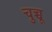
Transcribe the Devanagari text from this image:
चुच्चू